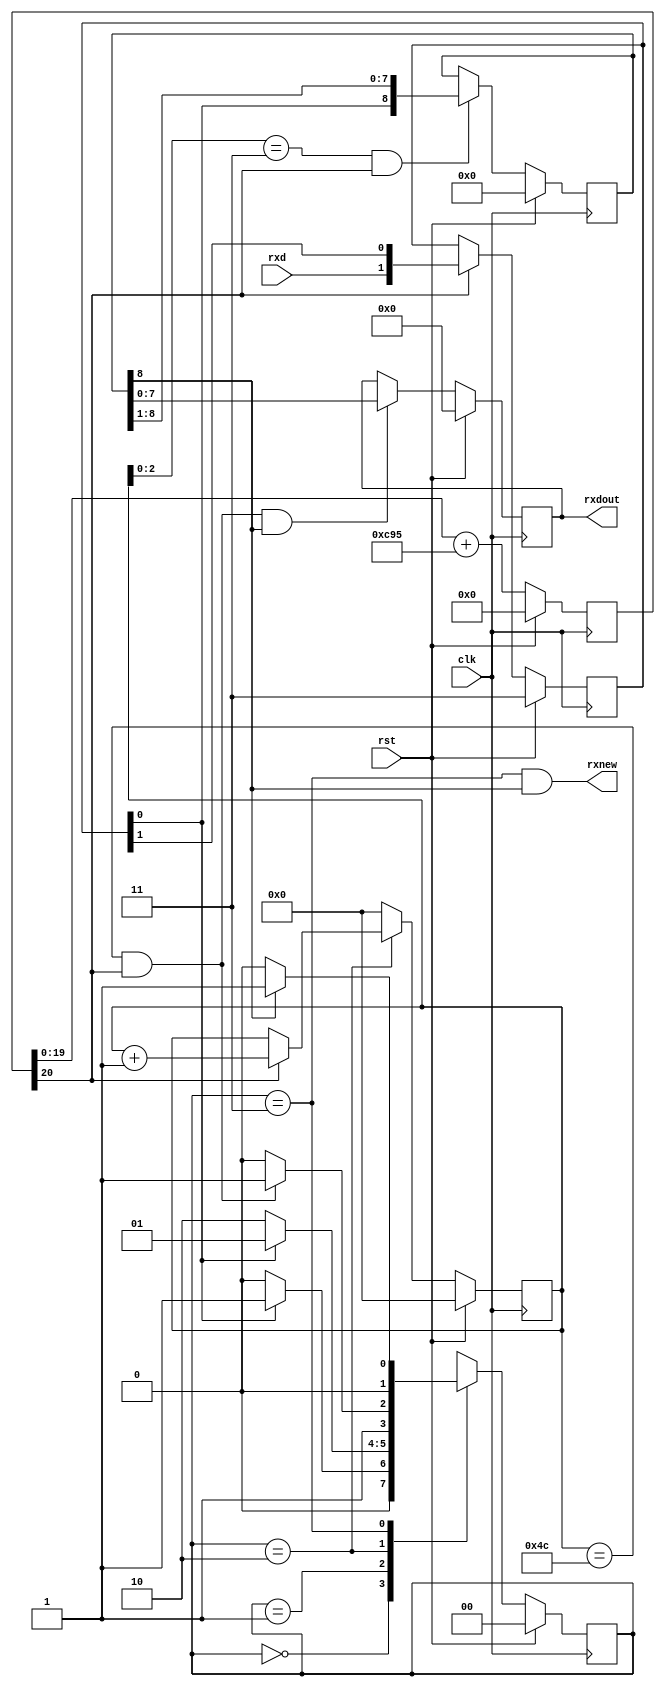
`timescale 1ns / 1ps
//////////////////////////////////////////////////////////////////////////////////
// Company: UCD School of Electrical and Electronic Engineering
// 
// Module Name:    uart_RXonly   
// Target Devices: Spartan3, Kintex7, Artix7
// Description: 	 Simple self-contained UART block for clock >> bit rate.
//			Transmit & receive 8 bit, no parity, 1 stop bit.
//			Bit rate is set using INCR parameter in timing block.
//
// Revision 1   20 October 2014 - modified to sample rxd on bit8x,
//					added FF for bit8x for timing, tidied state names and comments
// Revision 2 	22 October 2014 - modified to remove transmitter, renamed accordingly
// Revision 3 	October 2015 - modified for synchronous reset
//
//////////////////////////////////////////////////////////////////////////////////
module uart_RXonly(
    input clk,						// main clock, drives all logic
    input rst,						// asynchronous reset
    input rxd,						// serial data in (idle at logic 1, high)
    output reg [7:0] rxdout,	// 8-bit received data
    output rxnew					// indicates new data available, asserted for 1 clock
    );

// Timing block:  Receiver needs pulses at 8 X bitrate.
// Uses frequency synthesis technique with 20-bit accumulator.
// bit8x frequency is clock frequency * increment / 2**20
// so with 50 MHz clock, increment of 6442 gives bit8x at 307178.5 Hz = 8 X 38397.3 Hz
	//localparam INCR = 20'd6442;	// increment value for 38400 bit/s with 50 MHz clock
	localparam INCR = 20'd3221;	// increment value for 19200 bit/s with 50 MHz clock
	//localparam INCR = 20'd206144;  // 32 times faster for simulation
	
	reg [20:0] accum;		// 20-bit accumulator register with extra bit for carry
	wire [20:0] accsum = accum[19:0] + INCR;	// ignore previous carry on add
	
	always @(posedge clk)	// accumulator behaviour
		if (rst) accum <= 21'b0;		// clear on reset
		else accum <= accsum;	// load sum bits on clock

	wire bit8x = accum[20];	// carry gives 8 X bit clock pulse for receive block
	

// =====================================================================================	
// Receive block: Starts at 1 to 0 transition of rxd, puts samples of rxd in shift reg.
// When stop bit received, copies data into output register, asserts rxnew signal for 
//	one clock cycle.  Ouptut register will be over-written when next byte has arrived, 
// so must be read within less than 10 bit times to avoid data loss.

// Internal signals	 
	reg [1:0] sync;		// 2-bit shift register
	wire din;				// data input (after synchroniser)
	reg [8:0] shiftreg;	// 9-bit shift register
	wire sample;			// enable signal for shift reg
	wire stopbit = shiftreg[8];	// will be stop bit at end of receive
	reg [6:0] rxcount;	// 7-bit counter for timing
	wire done;				// ten bits have been received
	reg [1:0] state, next;	// state machine signals
	wire rxgo;					// output from state machine, controls counter

// First synchronise incoming data with the bit8x pulses
	always @ (posedge clk)
		if (rst) sync <= 2'b11;		// reset to idle input
		else if (bit8x) sync <= {rxd, sync[1]};	// shift right...
		
	assign din = sync[0];	// rightmost bit is synchronised data input

// Main shift register - convert serial to parallel data
	always @ (posedge clk)
		if (rst) shiftreg <= 9'b0;			// reset to zero
		else if (sample)						// on sampling pulse 
			shiftreg <= {din, shiftreg[8:1]};	// shift right...

// 7-bit counter - provides sample times and bit count
	always @ (posedge clk)
		if (rst) rxcount <= 7'b0;				// reset to zero
		else if (rxgo == 1'b0) rxcount <= 7'b0;	// hold at zero when disabled	
		else if (bit8x) rxcount <= rxcount + 1'b1;	// count at 8 X bit rate

// Generate timing signals from counter.  Want to take first sample
// of din after 4 bit8x pulses, then sample every 8 pulses.
// As bit8x pulse arrives at end of rxcount value, compare rxcount with 3.
	assign sample = (rxcount[2:0] == 3'b011) & bit8x;	// pulse one clock cycle long
// done signal goes high soon after stop bit has been sampled
	assign done = (rxcount == 7'b1001100) & bit8x;  // pulse after 9.625 bit intervals
	
// State machine to control things...
	localparam 	INIT = 2'b00,		// state after reset
					IDLE = 2'b01,		// waiting for start bit
					RECV = 2'b10,		// receiving data
					FINI = 2'b11;		// finished - strobe signal

	always @ (posedge clk)	// state register behaviour
		if (rst) state <= INIT;		// reset to INIT
		else state <= next;			// move to next state

	always @ (state or din or done or stopbit)	// next state logic
		case (state)
			INIT:		if (din) next = IDLE;	// receive 1, go to IDLE
						else next = INIT;			// receive 0, stay in INIT
						
			IDLE:		if (din) next = IDLE;	// receive 1, keep waiting
						else next = RECV;			// start receiving on 0
						
			RECV:		if (done) next = FINI;	// finish after 9.5 bit times
						else next = RECV;			// otherwise keep receiving
						
			FINI:		if (stopbit) next = IDLE;	// return to await next start bit
						else next = INIT;			// should not happen - framing error
		endcase

// output signals from state machine
	assign rxgo = (state == RECV);			// run counter while receiving
	assign rxnew = (state == FINI) & stopbit;	// ouptut indicates valid data

//	Output register - loaded when 8-bit data is ready and valid stop bit
	always @ (posedge clk)
		if (rst) rxdout <= 8'b0;		// reset to zero
		else if (done & stopbit) rxdout <= shiftreg[7:0];	

endmodule